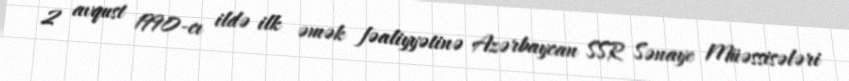
2 avqust 1990-cı ildə ilk əmək fəaliyyətinə Azərbaycan SSR Sənaye Müəssisələri